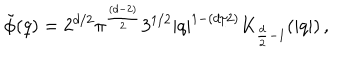
\tilde { \phi } ( q ) = 2 ^ { d / 2 } \pi ^ { \frac { ( d - 2 ) } { 2 } } 3 ^ { 1 / 2 } \left| q \right| ^ { 1 - ( d / 2 ) } K _ { \frac { d } { 2 } - 1 } ( \left| q \right| ) \, ,